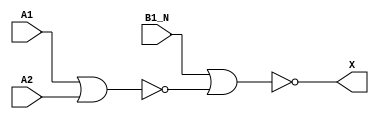
module sky130_fd_sc_hd__o21ba (
    X   ,
    A1  ,
    A2  ,
    B1_N
);

    // Module ports
    output X   ;
    input  A1  ;
    input  A2  ;
    input  B1_N;

    // Local signals
    wire nor0_out  ;
    wire nor1_out_X;

    //  Name  Output      Other arguments
    nor nor0 (nor0_out  , A1, A2         );
    nor nor1 (nor1_out_X, B1_N, nor0_out );
    buf buf0 (X         , nor1_out_X     );

endmodule